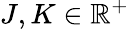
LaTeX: J,K\in\mathbb{R}^{+}